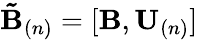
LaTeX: \mathbf{\tilde{B}}_{(n)}=[\mathbf{B},\mathbf{U}_{(n)}]